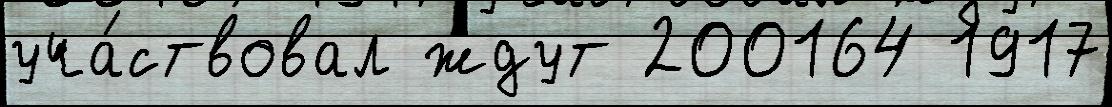
уча́ствовал ждут 200164 1917